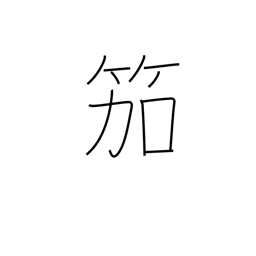
Meaning: reed flute